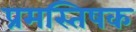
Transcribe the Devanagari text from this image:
प्रमस्तिषक